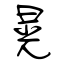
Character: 晃